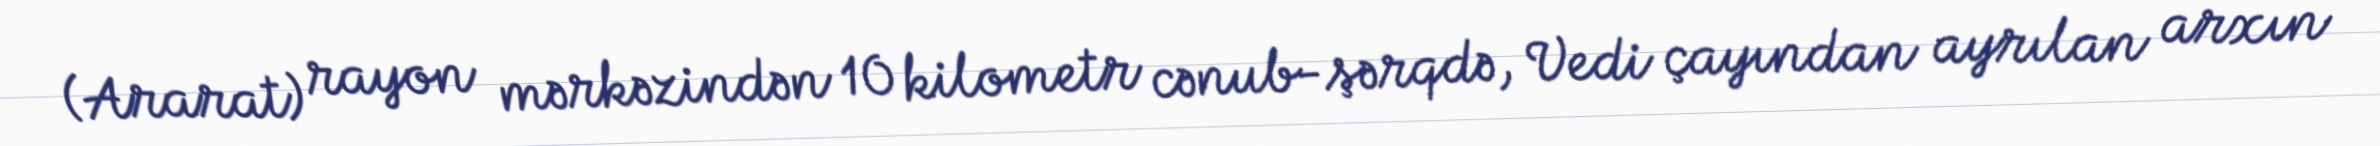
(Ararat) rayon mərkəzindən 10 kilometr cənub-şərqdə, Vedi çayından ayrılan arxın